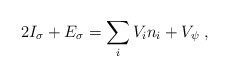
\begin{align*}2I_\sigma+E_\sigma=\sum_iV_in_i+V_\psi\;,\end{align*}